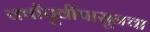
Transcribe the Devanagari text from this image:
वर्षांपूर्वीपासूनचा